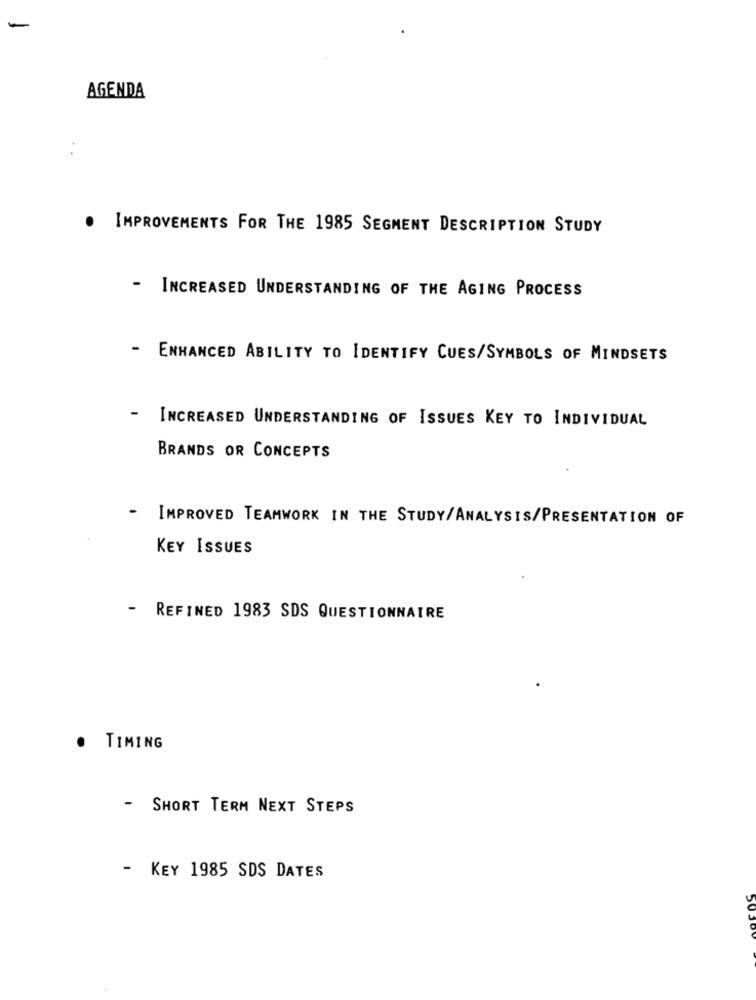
AGENDA
.
IMPROVEMENTS FOR THE 1985 SEGMENT DESCRIPTION STUDY
- INCREASED UNDERSTANDING OF THE AGING PROCESS
- ENHANCED ABILITY TO IDENTIFY CUES/SYMBOLS OF MINDSETS
- INCREASED UNDERSTANDING OF ISSUES KEY TO INDIVIDUAL
BRANDS OR CONCEPTS
-
IMPROVED TEAMWORK IN THE STUDY/ANALYSIS/PRESENTATION OF
KEY ISSUES
- REFINED 1983 SDS QUESTIONNAIRE
.
TIMING
- SHORT TERM NEXT STEPS
- KEY 1985 SDS DATES